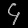
Digit: ၄